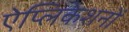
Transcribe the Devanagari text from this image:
ऐप्लिकेशनों